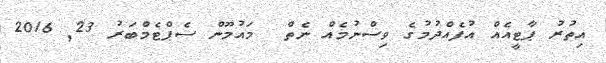
އިތުރު ޕާޓީއެއް އުފެއްދުމުގެ ވިސްނުމެއް ނެތް  މައުމޫން ސެޕްޓެމްބަރު 23